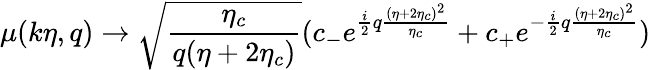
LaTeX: \mu(k\eta,q)\rightarrow\sqrt{\frac{\eta_{c}}{q(\eta+2\eta_{c})}}(c_{-}e^{\frac{i}{2}q\frac{(\eta+2\eta_{c})^{2}}{\eta_{c}}}+c_{+}e^{-\frac{i}{2}q\frac{(\eta+2\eta_{c})^{2}}{\eta_{c}}})